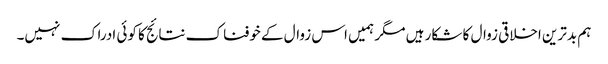
ہم بدترین اخلاقی زوال کا شکار ہیں مگر ہمیں اس زوال کے خوفناک نتائج کا کوئی ادراک نہیں۔